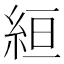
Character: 絙